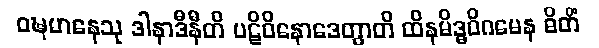
ဝဍ္ဎမာနေသု ဒါနာဒီနီတိ ပဋိဝိနောဒေတွာတိ ထိနမိဒ္ဓဝိဂမေန ဓိတိံ